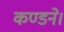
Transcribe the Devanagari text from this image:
कण्डने।